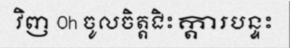
វិញ Oh ចូលចិត្តជិះក្តារបន្ទះ